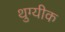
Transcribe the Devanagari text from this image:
थुग्यीक